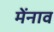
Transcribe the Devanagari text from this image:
मेंनाव